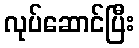
လုပ်ဆောင်ပြီး